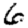
Digit: 6